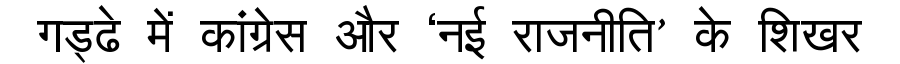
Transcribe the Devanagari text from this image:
गड्ढे में कांग्रेस और ‘नई राजनीति’ के शिखर